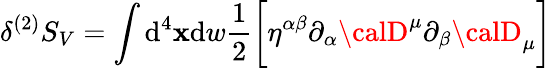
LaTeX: \delta^{(2)}S_{V}=\int\mathrm{d}^{4}\mathbf{x}\mathrm{d}w\frac{{1}}{{2}}\biggl[\eta^{\alpha\beta}\partial_{\alpha}{\calD}^{\mu}\partial_{\beta}{\calD}_{\mu}\biggr]